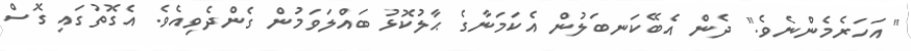
" އަހަރެމެންނެވެ." ދެން އެބޭކަނބަލުން އެކަމަނާގެ ޙާލުކޮޅު ބައްލަވަމުން ގެންދެވިއެވެ. އެގޮތުގައި ގޮސް